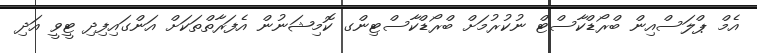
އެމް ޕްލަސްއިން ބްރޯޑްކާސްޓް ނުކުރުމަށް ބްރޯޑްކާސްޓިންގ ކޮމިޝަނުން އެފަރާތްތަކަށް އަންގައިފިދި ޓީވީ އަދި